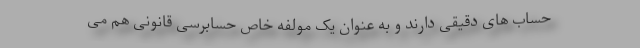
حساب های دقیقی دارند و به عنوان یک مولفه خاص حسابرسی قانونی هم می